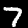
Label: 7